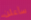
سأعلن